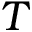
{ T }